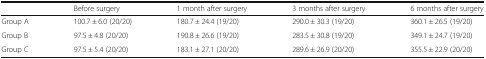
|  | Before surgery | 1 month after surgery | 3 months after surgery | 6 months after surgery |
 | --- | --- | --- | --- | --- |
 | Group A | 100.7 ± 6.0 (20/20) | 180.7 ± 24.4 (19/20) | 290.0 ± 30.3 (19/20) | 360.1 ± 26.5 (19/20) |
 | Group B | 97.5 ± 4.8 (20/20) | 190.8 ± 26.6 (19/20) | 283.5 ± 30.8 (19/20) | 349.1 ± 24.7 (19/20) |
 | Group C | 97.5 ± 5.4 (20/20) | 183.1 ± 27.1 (20/20) | 289.6 ± 26.9 (20/20) | 355.5 ± 22.9 (20/20) |